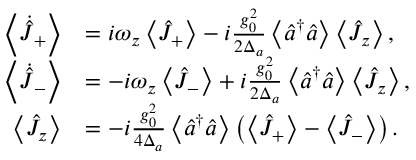
\begin{array} { r l } { \left\langle \dot { \hat { J } } _ { + } \right\rangle } & { = i \omega _ { z } \left\langle \hat { J } _ { + } \right\rangle - i \frac { g _ { 0 } ^ { 2 } } { 2 \Delta _ { a } } \left\langle \hat { a } ^ { \dagger } \hat { a } \right\rangle \left\langle \hat { J } _ { z } \right\rangle , } \\ { \left\langle \dot { \hat { J } } _ { - } \right\rangle } & { = - i \omega _ { z } \left\langle \hat { J } _ { - } \right\rangle + i \frac { g _ { 0 } ^ { 2 } } { 2 \Delta _ { a } } \left\langle \hat { a } ^ { \dagger } \hat { a } \right\rangle \left\langle \hat { J } _ { z } \right\rangle , } \\ { \left\langle \hat { J } _ { z } \right\rangle } & { = - i \frac { g _ { 0 } ^ { 2 } } { 4 \Delta _ { a } } \left\langle \hat { a } ^ { \dagger } \hat { a } \right\rangle \left( \left\langle \hat { J } _ { + } \right\rangle - \left\langle \hat { J } _ { - } \right\rangle \right) . } \end{array}